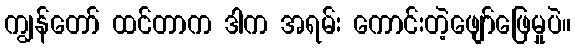
ကျွန်တော် ထင်တာက ဒါက အရမ်း ကောင်းတဲ့ဖျော်ဖြေမှုပဲ။